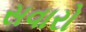
સવારો